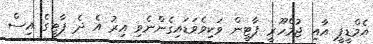
އެމްޑީޕީ އާއި ޖުމްހޫރީ ޕާޓީން ވަކިވެވަޑައިގެންނެވި އިރު އެ ދެ ޕާޓީގެ އިސް